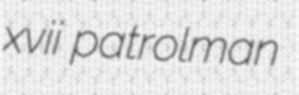
xvii patrolman